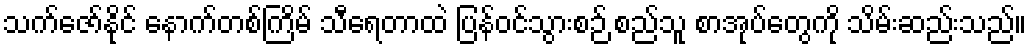
သက်ဇော်နိုင် နောက်တစ်ကြိမ် သီရေတာထဲ ပြန်ဝင်သွားစဉ် စည်သူ စာအုပ်တွေကို သိမ်းဆည်းသည်။